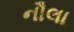
નૌલા